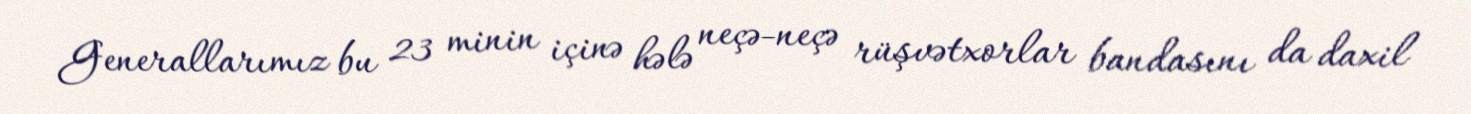
Generallarımız bu 23 minin içinə hələ neçə-neçə rüşvətxorlar bandasını da daxil